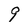
Character: 9